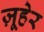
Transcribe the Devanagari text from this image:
ज़ूहेर